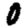
Digit: 0